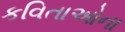
કવિતાઓના